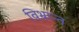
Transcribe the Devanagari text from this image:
विभ्रान्त